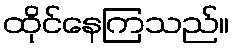
ထိုင်နေကြသည်။